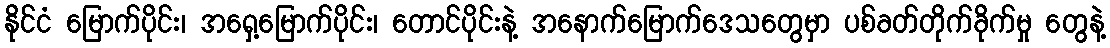
နိုင်ငံ မြောက်ပိုင်း၊ အရှေ့မြောက်ပိုင်း၊ တောင်ပိုင်းနဲ့ အနောက်မြောက်ဒေသတွေမှာ ပစ်ခတ်တိုက်ခိုက်မှု တွေနဲ့